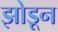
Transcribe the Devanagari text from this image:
झोडून